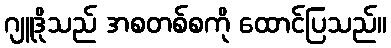
ဂျူဒိုသည် အစတစ်စကို ထောင်ပြသည်။